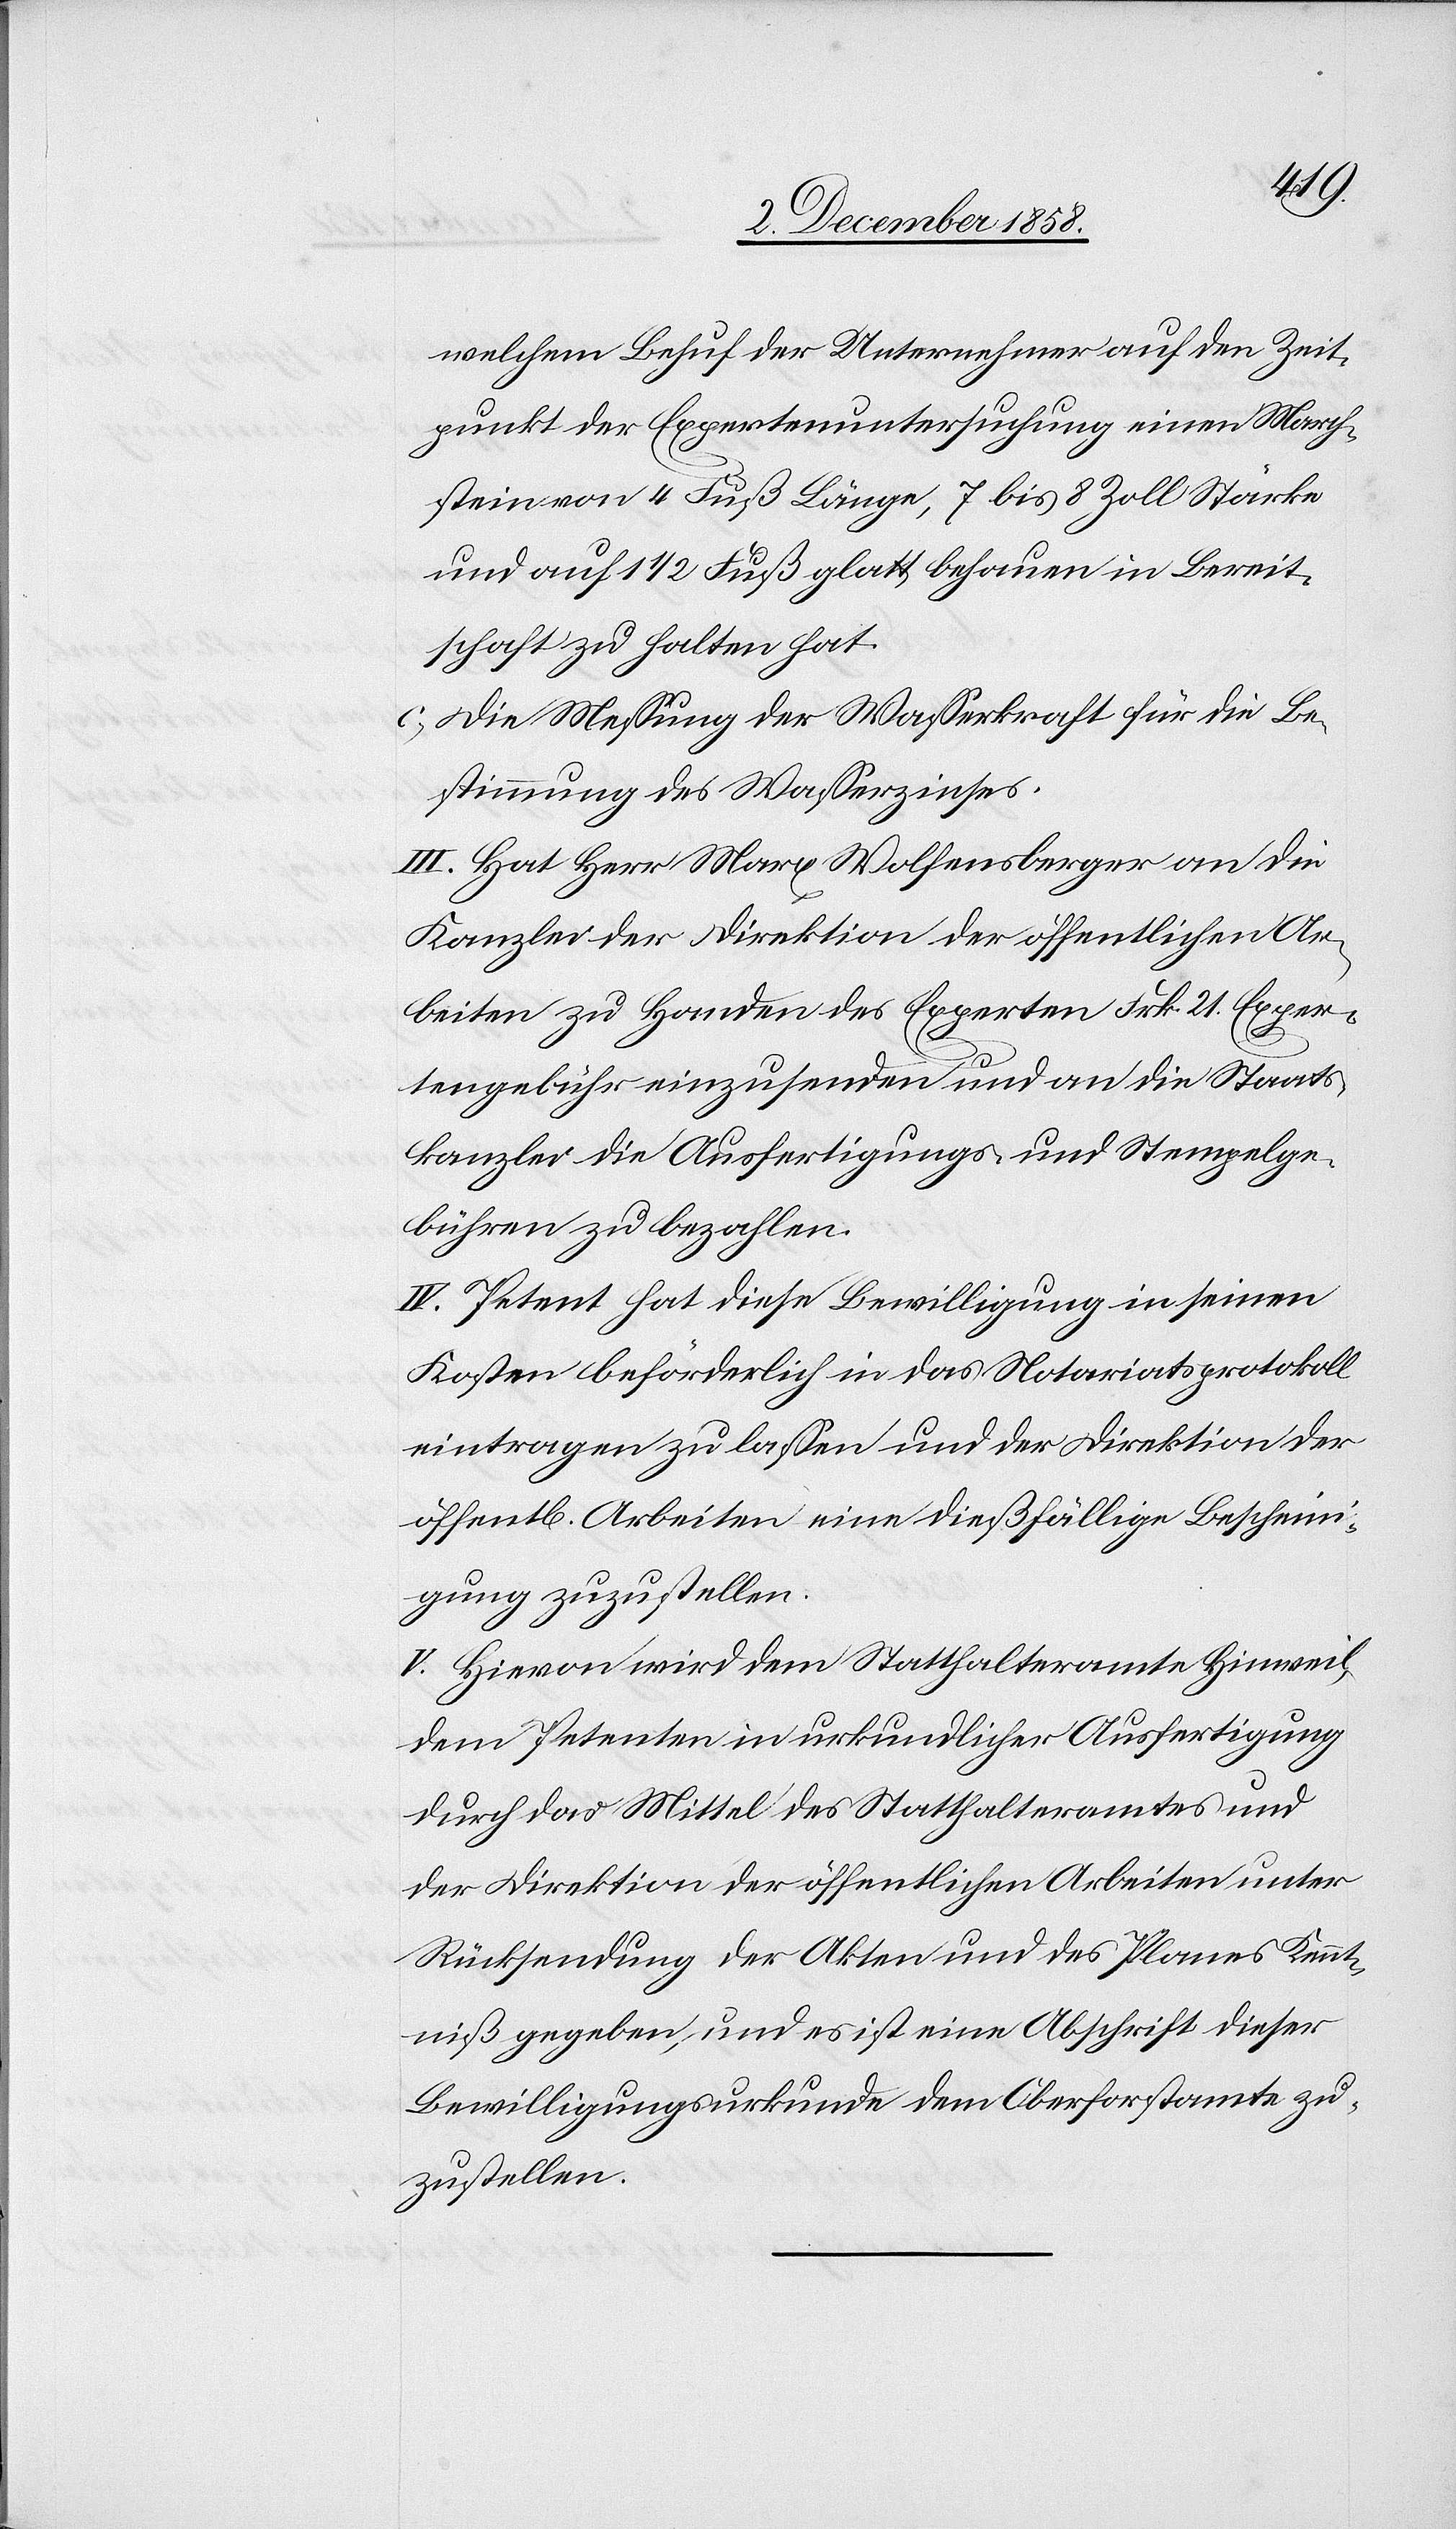
welchem Behuf der Unternehmer auf den Zeit¬
punkt der Expertenuntersuchung einen March¬
stein von 4 Fuß Länge, 7 bis 8 Zoll Stärke
und auf 1 1/2 Fuß glatt behauen in Bereit¬
schaft zu halten hat.
Die Messung der Wasserkraft für die Be¬
stimmung des Wasserzinses.
III. Hat Herr Marx Wolfensberger an die
Kanzlei der Direktion der öffentlichen Ar¬
beiten zu Handen des Experten Frk. 21. Exper¬
tengebühr einzusenden und an die Staats¬
kanzlei die Ausfertigungs- und Stempelge¬
bühren zu bezahlen.
IV. Petent hat diese Bewilligung in seinen
Kosten beförderlich in das Notariatsprotokoll
eintragen zu lassen und der Direktion der
öffent[lichen] Arbeiten eine dießfällige Bescheini¬
gung zuzustellen.
V. Hievon wird dem Statthalteramte Hinweil,
dem Petenten in urkundlicher Ausfertigung
durch das Mittel des Statthalteramtes und
der Direktion der öffentlichen Arbeiten unter
Rücksendung der Akten und des Planes Kennt¬
niß gegeben, und es ist eine Abschrift dieser
Bewilligungsurkunde dem Oberforstamte zu¬
zustellen.